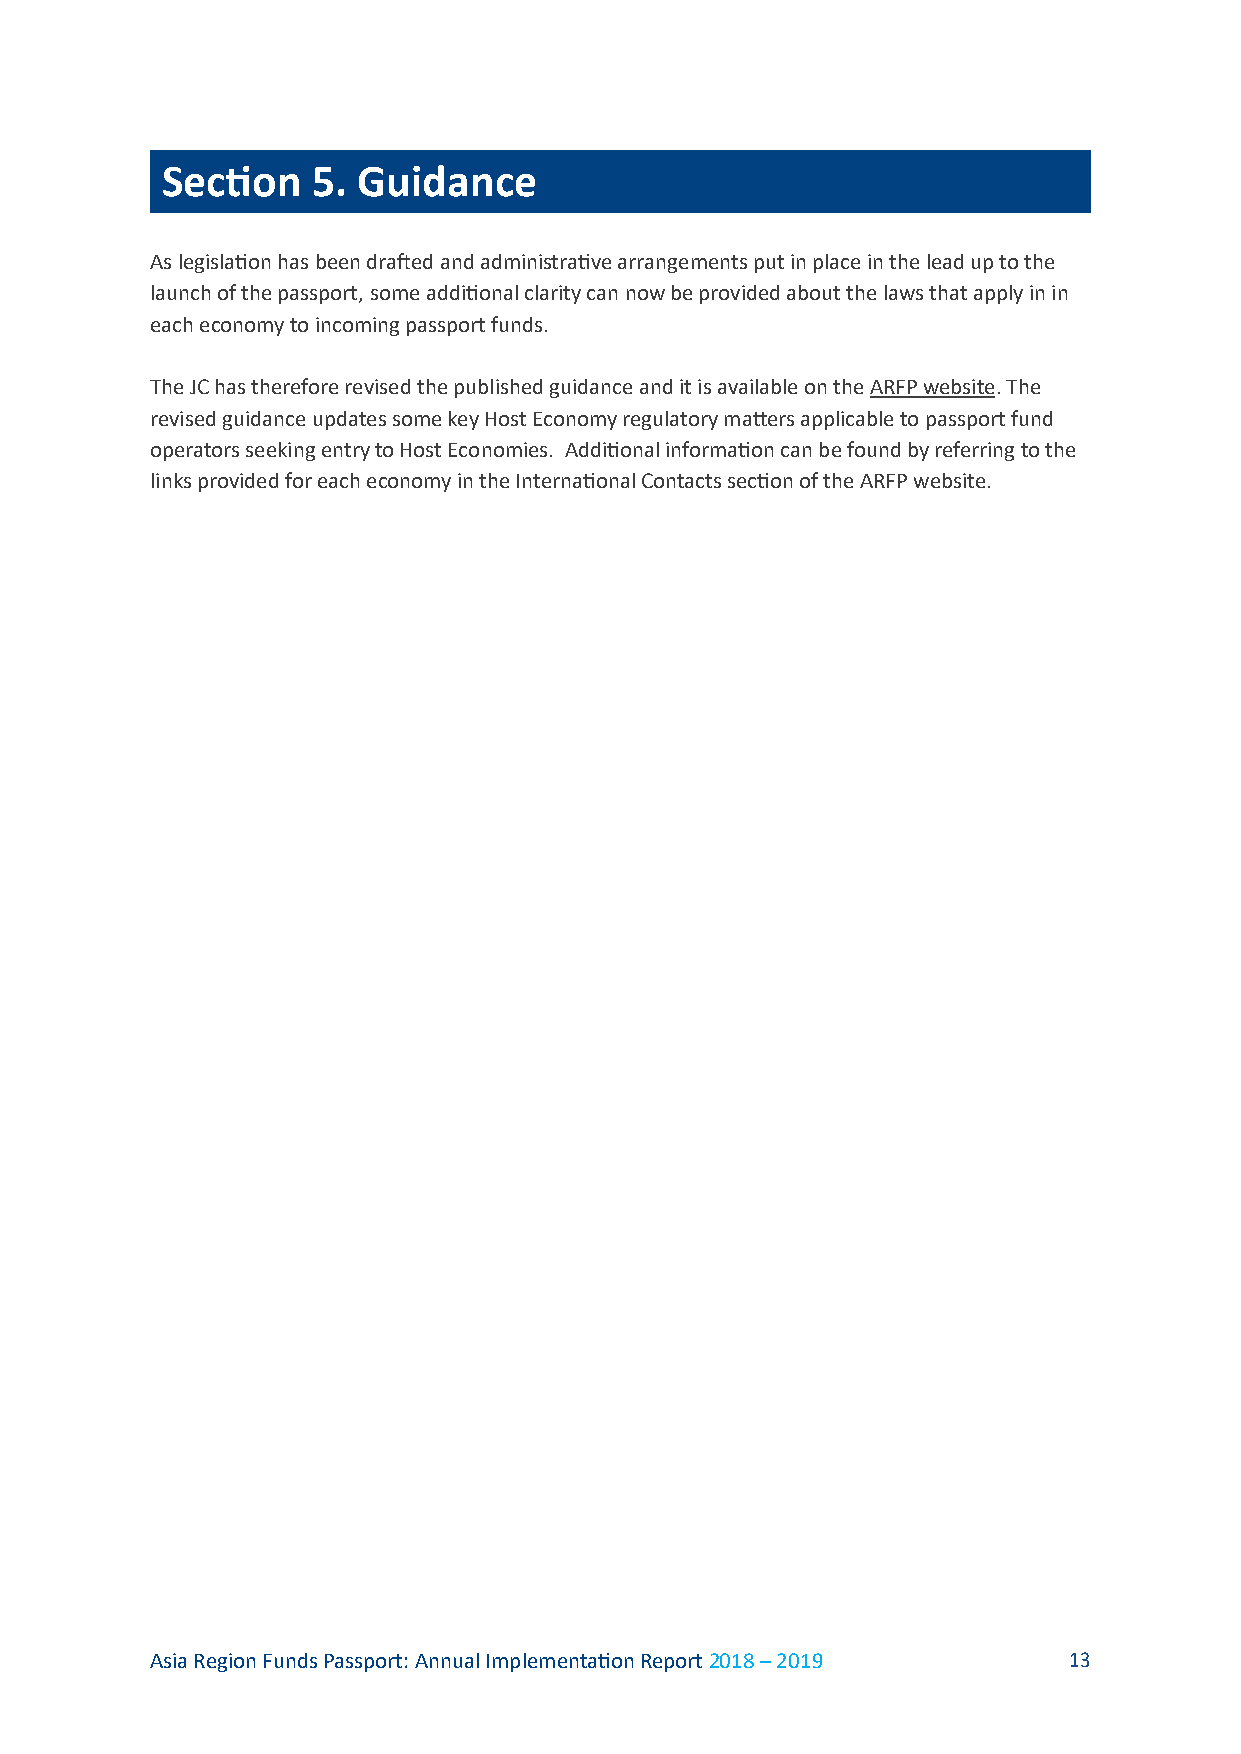
Section   5. Guidance
 As legislation has been drafted and administrative arrangements put in place in the lead up to the
 launch of the passport, some additional clarity can now be provided about the laws that apply in in
 each economy to incoming passport funds.
 The JC has therefore revised the published guidance and it is available on the ARFP website. The
 revised guidance updates some key Host Economy regulatory matters applicable to passport fund
 operators seeking entry to Host Economies. Additional information can be found by referring to the
 links provided for each economy in the International Contacts section of the ARFP website.
 Asia Region Funds Passport: Annual Implementation Report 2018 – 2019 13